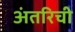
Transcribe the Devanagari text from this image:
अंतरिची